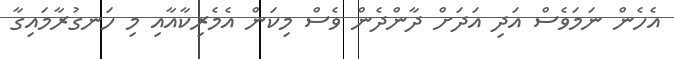
އެހެން ނަމަވެސް އަދި އަދަށް ދާންދެން ވެސް މިކަން އެމެރިކާއާއި މި ހަނގުރާމައިގާ